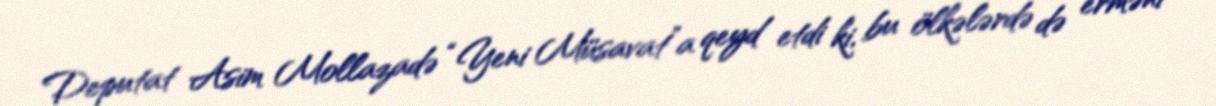
Deputat Asim Mollazadə “Yeni Müsavat”a qeyd etdi ki, bu ölkələrdə də erməni